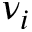
\nu _ { i }